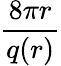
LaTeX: \frac{8\pi r}{q(r)}